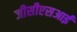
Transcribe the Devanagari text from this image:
जीसीएसआई